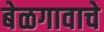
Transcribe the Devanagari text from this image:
बेळगावाचे